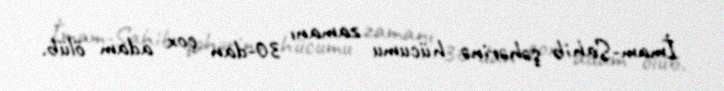
İmam-Sahib şəhərinə hücumu zamanı 30-dan çox adam ölüb.